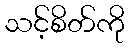
သင့်စိတ်ကို